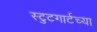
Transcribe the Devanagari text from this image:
स्टुटगार्टच्या